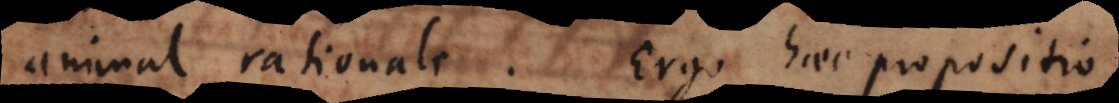
animal rationale. Ergo haec propositio